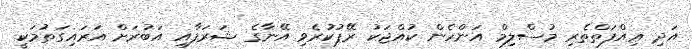
އަދި ޢިއްފަތްތެރި މުސްލިމް އަންހެން ކުއްޖަކު ރޭޕުކުރެވި އޭނާގެ ޝަރަފާއި އަބުރަށް އަރައިގަތުމަކީ